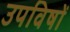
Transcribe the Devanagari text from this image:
उपविषों